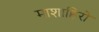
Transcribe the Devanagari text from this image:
माशाहिरो